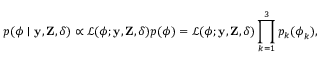
p ( \boldsymbol { \phi } \mid \mathbf { y } , \mathbf { Z } , \boldsymbol { \delta } ) \propto \mathcal { L } ( \boldsymbol { \phi } ; \mathbf { y } , \mathbf { Z } , \boldsymbol { \delta } ) p ( \boldsymbol { \phi } ) = \mathcal { L } ( \boldsymbol { \phi } ; \mathbf { y } , \mathbf { Z } , \boldsymbol { \delta } ) \prod _ { k = 1 } ^ { 3 } p _ { k } ( \boldsymbol { \phi } _ { k } ) ,